Report of the Indian Hemp Drugs Commission, 1894-1895 - Volume VI
Year: 1894
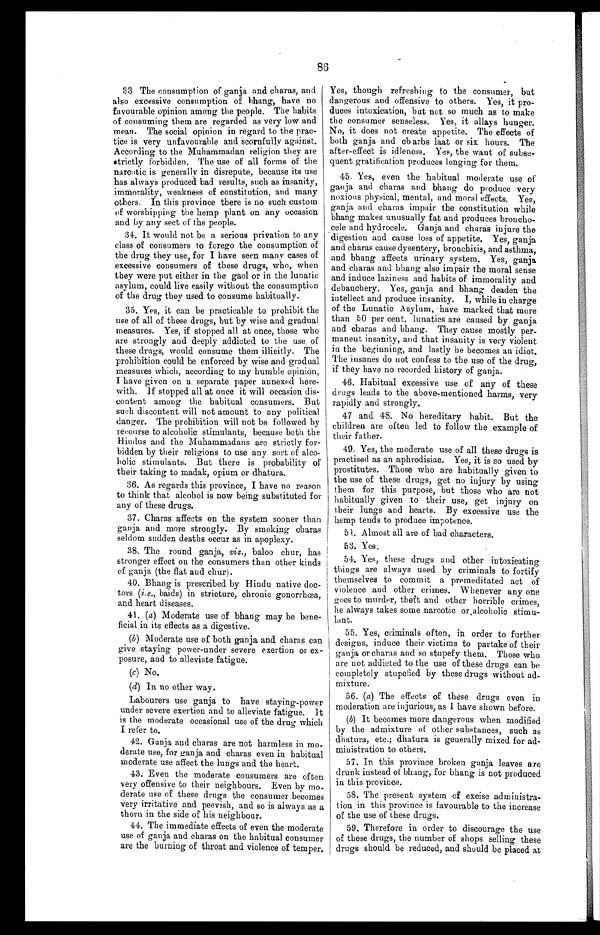
86
33 The consumption of ganja and charas, and
also excessive consumption of bhang, have no
favourable opinion among the people. The habits
of consuming them are regarded as very low and
mean. The social opinion in regard to the prac-
tice is very unfavourable and scornfully against.
According to the Muhammadan religion they are
strictly forbidden. The use of all forms of the
narcotic is generally in disrepute, because its use
has always produced bad results, such as insanity,
immorality, weakness of constitution, and many
others. In this province there is no such custom
of worshipping the hemp plant on any occasion
and by any sect of the people.
34. It would not be a serious privation to any
class of consumers to forego the consumption of
the drug they use, for I have seen many cases of
excessive consumers of these drugs, who, when
they were put either in the gaol or in the lunatic
asylum, could live easily without the consumption
of the drug they used to consume habitually.
35. Yes, it can be practicable to prohibit the
use of all of these drugs, but by wise and gradual
measures. Yes, if stopped all at once, those who
are strongly and deeply addicted to the use of
these drugs, would consume them illicitly. The
prohibition could be enforced by wise and gradual
measures which, according to my humble opinion,
I have given on a separate paper annexed here-
with. If stopped all at once it will occasion dis-
content among the habitual consumers. But
such discontent will not amount to any political
danger. The prohibition will not be followed by
recourse to alcoholic stimulants, because both the
Hindus and the Muhammadans are strictly for-
bidden by their religions to use any sort of alco-
holic stimulants. But there is probability of
their taking to madak, opium or dhatura.
36. As regards this province, I have no reason
to think that alcohol is now being substituted for
any of these drugs.
37. Charas affects on the system sooner than
ganja and more strongly. By smoking charas
seldom sudden deaths occur as in apoplexy.
38. The round ganja, viz., baloo chur, has
stronger effect on the consumers than other kinds
of ganja (the flat and chur).
40. Bhang is prescribed by Hindu native doc-
tors ( i.e. , baids) in stricture, chronic gonorrh&oelig;a,
and heart diseases.
41. (a) Moderate use of bhang may be bene-
ficial in its effects as a digestive.
(b) Moderate use of both ganja and charas can
give staying power-under severe exertion or ex-
posure, and to alleviate fatigue.
(c) No.
(d) In no other way.
Labourers use ganja to have staying-power
under severe exertion and to alleviate fatigue. It
is the moderate occasional use of the drug which
I refer to.
Ganja, and charas are not harmless in mo-
derate use, for ganja and charas even in habitual
moderate use affect the lungs and the heart.
43. Even the moderate consumers are often
very offensive to their neighbours. Even by mo
- d e r a t e u s e o f t h e s e d r u g s t h e c o n s u m e r b e c o m e s
very irritative and peevish, and so is always as
thorn in the side of his neighbour.
44. The immediate effects of even the moderate
use of ganja and charas on the habitual consumer
are the burning of throat and violence of temper.
Yes, though refreshing to the consumer, but
dangerous and offensive to others. Yes, it pro-
duces intoxication, but not so much as to make
the consumer senseless. Yes, it allays hunger.
No, it does not create appetite. The effects of
both ganja and cb arbs laat or six hours. The
after-effect is idleness. Yes, the want of subse-
quent gratification produces longing for them.
45. Yes, even the habitual moderate use of
ganja and charas and bhang do produce very
noxious physical, mental, and moral effects. Yes,
ganja and charas impair the constitution while
bhang makes unusually fat and produces broncho-
cele and hydrocele. Ganja and charas injure the
digestion and cause loss of appetite. Yes, ganja
and charas cause dysentery, bronchitis, and asthma,
and bhang affects urinary system. Yes, ganja
and charas and bhang also impair the moral sense
and induce laziness and habits of immorality and
debauchery. Yes, ganja and bhang deaden the
intellect and produce insanity. I, while in charge
of the Lunatic Asylum, have marked that more
than 50 per cent. lunatics are caused by ganja
and charas and bhang. They cause mostly per-
manent insanity, and that insanity is very violent
in the beginning, and lastly he becomes an idiot.
The insanes do not confess to the use of the drug,
if they have no recorded history of ganja.
46. Habitual excessive use of any of these
drugs leads to the above-mentioned harms, very
rapidly and strongly.
47 and 48. No hereditary habit. But the
children are often led to follow the example of
their father.
49. Yes, the moderate use of all these drugs is
practised as an aphrodisiac. Yes, it is so used by
prostitutes. Those who are habitually given to
the use of these drugs, get no injury by using
them for this purpose, but those who are not
habitually given to their use, get injury on
their lungs and hearts. By excessive use the
hemp tends to produce impotence.
51. Almost all are of bad characters.
53. Yes.
5 4 . Y e s , t h e s e d r u g s a n d o t h e r i n t o x i c a t i n g
things are always used by criminals to fortify
themselves to commit a premeditated act of
violence and other crimes. Whenever any one
goes to murder, theft and other horrible crimes,
he always takes some narcotic or alcoholic stimu-
lant.
55. Yes, criminals often, in order to further
designs, induce their victims to partake of their
ganja or charas and so stupefy them. Those who
are not addicted to the use of these drugs can be
completely stupefied by these drugs without ad-
mixture.
56. (a) The effects of these drugs even in
moderation are injurious, as I have shown before.
(b) It becomes more dangerous when modified
by the admixture of other substances, such as
dhatura, etc.; dhatura is generally mixed for ad-
ministration to others.
57. In this province broken ganja leaves are
drunk instead of bhang, for bhang is not produced
in this province.
58. The present system of excise administra-
tion in this province is favourable to the increase
of the use of these drugs.
59. Therefore in order to discourage the use
of these drugs, the number of shops selling these
drugs should be reduced, and should be placed at